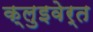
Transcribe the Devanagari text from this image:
क्लुइवेर्त